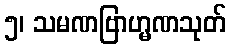
၅၊ သမဏဗြာဟ္မဏသုတ်